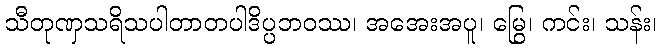
သီတုဏှသရိသပါတာတပါဒိပ္ပဘဝဿ၊ အအေးအပူ၊ မြွေ၊ ကင်း၊ သန်း၊